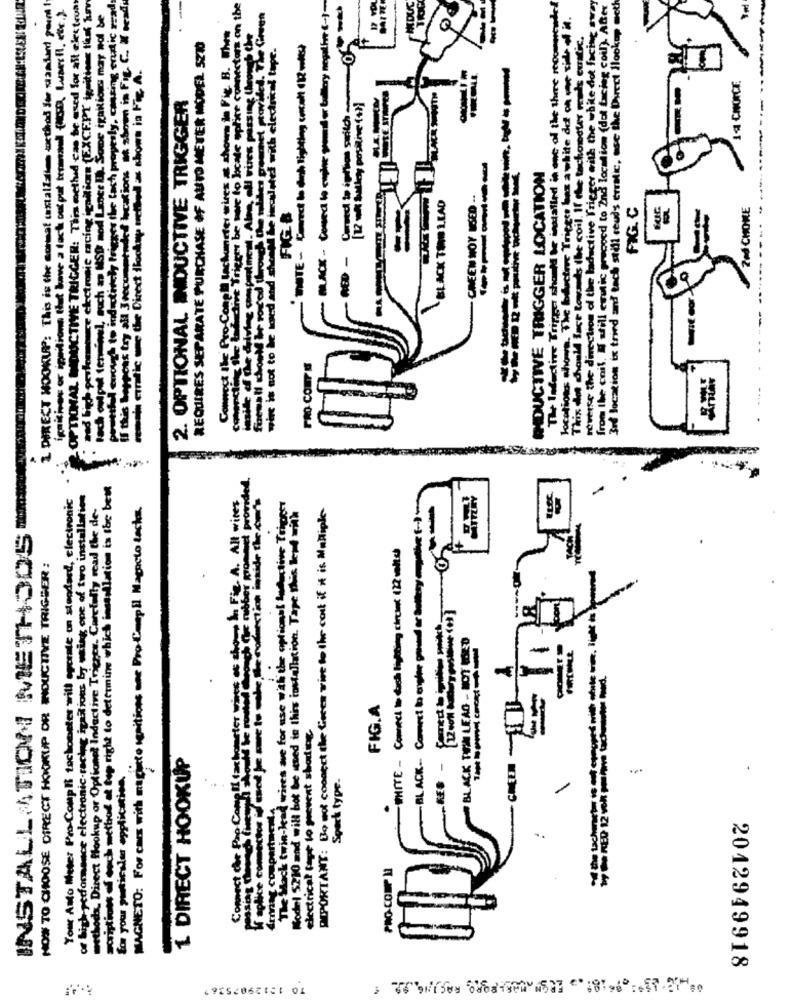
I DIRECT HOOKUP: This is the cormat castaliaim method Se dasland point
inicioos or ingitions that have a lock out put terminal (ish, Larsit, etc.).
DUCTIVE TRIGGER: This mcthuid can be used for all electruas
and high performance electronic racingigallion (EXC.F.PT tositions that luv
enough to inductively trigger the tach properly, causing endic read
locations # show in Fig. C. X med
nectors on the
BLACK - Coded to copher ground or bullery negativt (-)-
The Inductive Trigger should be installed in one of the there recommended
reverse the direction of the laductive Trigger with the white dot facing sway
from the coil. I still emulic precocd to 2nd location (dot facing coil). After
3rd location is tried and tach still ceuds erratic, use the Direct lookup woth
& output terminal, such as MSD mod Lance EN. Some ignitionns may not be
locations whowe. The bluctive Trigger has a white de on me side of it.
This that should face comments the coil. If the tachometer mais cantic.
som in Fig. B. When
oul vires passing through the
REQUIRES SEPARATE PURCHASE OF AUTO METER MODEL SZT
NOTE- Corect is dick lighting macht (12-les)
---- ---------------
h erratic une the Direct ilookup netted as shown in Fig. A.
14 CHOICE.
locate ephite con
2. OPTIONAL INDUCTIVE TRIGGER
CHIDUCTIVE TRIGGER LOCATION
BLACK THE LEAD
FIG.B
CHEEN NOY 16ED
FIG. C
2ed CHOME
Connect ike Pro-Congli Back
is bephons try all 3recomm
RED
-- ---.
wir is not to be used
PRO CONT &
et provided.
scriptions of euch method at top right to determine which installation is the best
Your Anto Meter Pro- Compl tachometer will operate on standard, electronic
of high-performance electronic-racing igaRions by using one of two installaties
Fe. A. All wines
methods. Direct Hlookup or Optionet Indective Trieres. Carefully read the de-
MAGNETO: For cars with magisto sesitions one Pro-Compil Magacto taches.
The stack twin-lead wines are for use with the optional inductive Trigger
Model $210 and will bot be used to this installation. Tape this lead with
DIPORTANT: Bo got connect the Geces wiet to the cost if it is Multiple-
INSTALLATION METHODS
-MITTE - Connect to dich hitting chrank 12 volts
HOW TO CHOOSE DIRECT HOOKUP OR INDUCTIVE TRIGGER :
BLACK TIM LEAD - MOT ARD
FIG.A
electrical tape to prevent shading.
1. DIRECT HOOKUP
for your puuticale application.
Connect che Pap Come Il
Spork type.
Armring compa
W splice com
PRO COM 1
2012949918